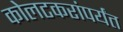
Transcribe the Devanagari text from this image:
कोलटकरांपर्यंत